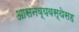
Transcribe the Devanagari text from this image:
आसनव्यवस्थेसह